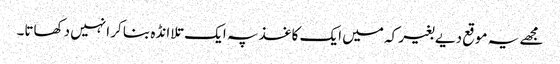
مجھے یہ موقع دیے بغیر کہ میں ایک کاغذ پہ ایک تلا انڈہ بنا کر انہیں دکھاتا۔